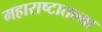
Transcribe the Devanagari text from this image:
महाराष्टातल्या